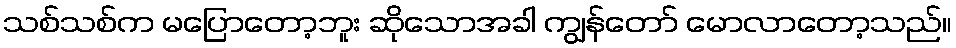
သစ်သစ်က မပြောတော့ဘူး ဆိုသောအခါ ကျွန်တော် မောလာတော့သည်။